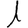
Digit: 1